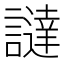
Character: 𧬻